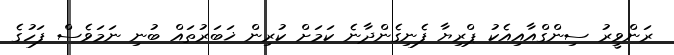
ރަންވީރު ސިންގްއާއިއެކު ޕްރިޔާ ފެނިގެންދާނެ ކަމަށް ކުރިން ޚަބަރުތައް ބުނި ނަމަވެސް ފަހުގެ